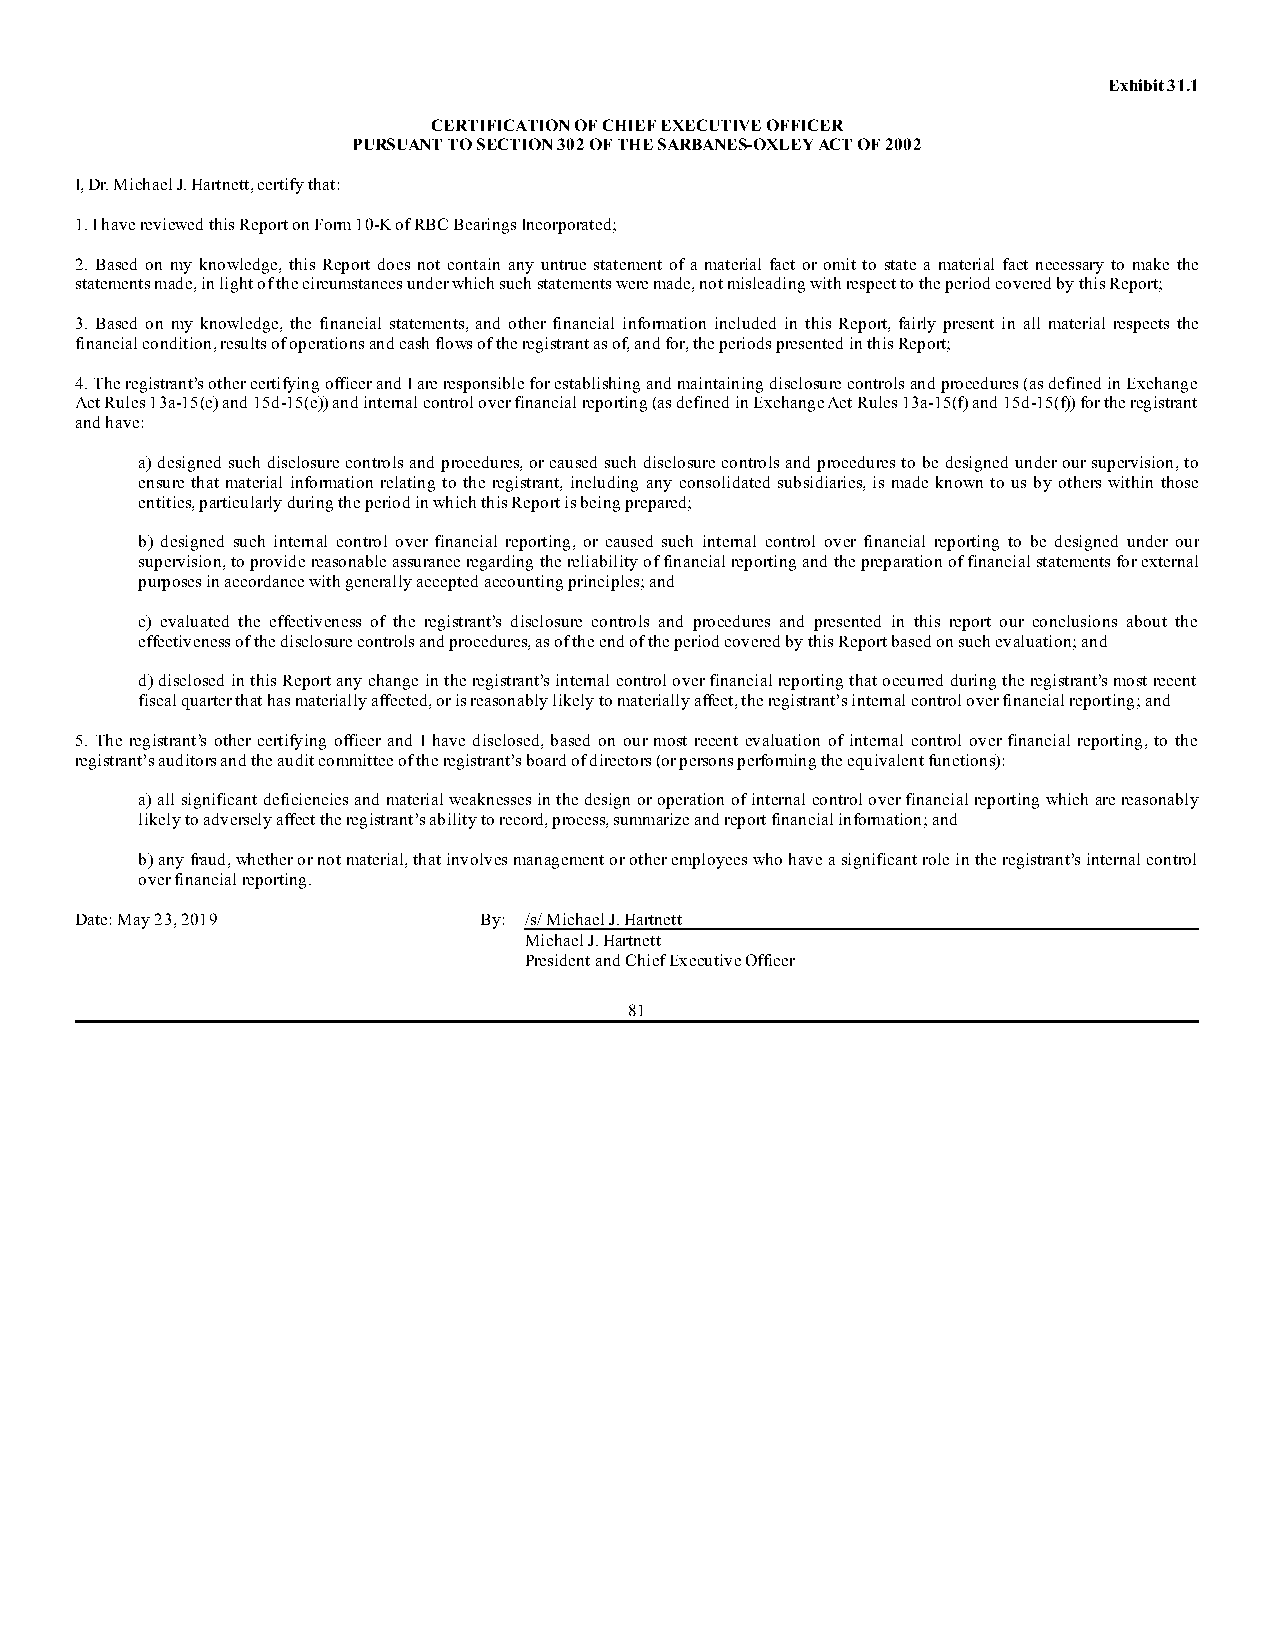
Exhibit 31.1
 CERTIFICATION OF CHIEF EXECUTIVE OFFICER
 PURSUANT TO SECTION 302 OF THE SARBANES-OXLEY ACT OF 2002
 I, Dr. Michael J. Hartnett, certify that:
 1. I have reviewed this Report on Form 10-K of RBC Bearings Incorporated;
 2. Based on my knowledge, this Report does not contain any untrue statement of a material fact or omit to state a material fact necessary to make the
 statements made, in light of the circumstances under which such statements were made, not misleading with respect to the period covered by this Report;
 3. Based on my knowledge, the financial statements, and other financial information included in this Report, fairly present in all material respects the
 financial condition, results of operations and cash flows of the registrant as of, and for, the periods presented in this Report;
 4. The registrant’s other certifying officer and I are responsible for establishing and maintaining disclosure controls and procedures (as defined in Exchange
 Act Rules 13a-15(e) and 15d-15(e)) and internal control over financial reporting (as defined in Exchange Act Rules 13a-15(f) and 15d-15(f)) for the registrant
 and have:
 a) designed such disclosure controls and procedures, or caused such disclosure controls and procedures to be designed under our supervision, to
 ensure that material information relating to the registrant, including any consolidated subsidiaries, is made known to us by others within those
 entities, particularly during the period in which this Report is being prepared;
 b) designed such internal control over financial reporting, or caused such internal control over financial reporting to be designed under our
 supervision, to provide reasonable assurance regarding the reliability of financial reporting and the preparation of financial statements for external
 purposes in accordance with generally accepted accounting principles; and
 c) evaluated the effectiveness of the registrant’s disclosure controls and procedures and presented in this report our conclusions about the
 effectiveness of the disclosure controls and procedures, as of the end of the period covered by this Report based on such evaluation; and
 d) disclosed in this Report any change in the registrant’s internal control over financial reporting that occurred during the registrant’s most recent
 fiscal quarter that has materially affected, or is reasonably likely to materially affect, the registrant’s internal control over financial reporting; and
 5. The registrant’s other certifying officer and I have disclosed, based on our most recent evaluation of internal control over financial reporting, to the
 registrant’s auditors and the audit committee of the registrant’s board of directors (or persons performing the equivalent functions):
 a) all significant deficiencies and material weaknesses in the design or operation of internal control over financial reporting which are reasonably
 likely to adversely affect the registrant’s ability to record, process, summarize and report financial information; and
 b) any fraud, whether or not material, that involves management or other employees who have a significant role in the registrant’s internal control
 over financial reporting.
 Date: May 23, 2019         By: /s/ Michael J. Hartnett
 Michael J. Hartnett
 President and Chief Executive Officer
 81